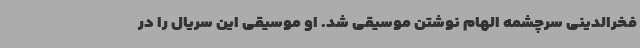
فخرالدینی سرچشمه الهام نوشتن موسیقی شد. او موسیقی این سریال را در